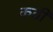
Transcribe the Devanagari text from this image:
कठी